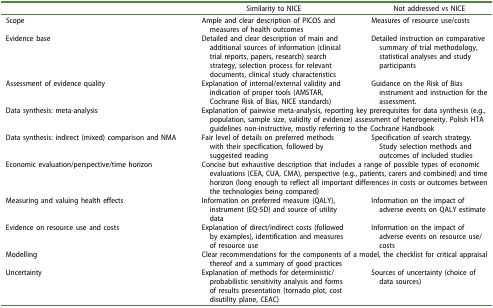
|  | Similarity to NICE | Not addressed vs NICE |
 | --- | --- | --- |
 | Scope | Ample and clear description of PICOS and measures of health outcomes | Measures of resource use/costs |
 | Evidence base | Detailed and clear description of main and additional sources of information (clinical trial reports, papers, research) search strategy, selection process for relevant documents, clinical study characteristics | Detailed instruction on comparative summary of trial methodology, statistical analyses and study participants |
 | Assessment of evidence quality | Explanation of internal/external validity and indication of proper tools (AMSTAR, Cochrane Risk of Bias, NICE standards) | Guidance on the Risk of Bias instrument and instruction for the assessment. |
 | Data synthesis: meta-analysis | <COLSPAN=2> Explanation of pairwise meta-analysis, reporting key prerequisites for data synthesis (e.g., population, sample size, validity of evidence) assessment of heterogeneity. Polish HTA guidelines non-instructive, mostly referring to the Cochrane Handbook |
 | Data synthesis: indirect (mixed) comparison and NMA | Fair level of details on preferred methods with their specification, followed by suggested reading | Specification of search strategy. Study selection methods and outcomes of included studies |
 | Economic evaluation/perspective/time horizon | <COLSPAN=2> Concise but exhaustive description that includes a range of possible types of economic evaluations (CEA, CUA, CMA), perspective (e.g., patients, carers and combined) and time horizon (long enough to reflect all important differences in costs or outcomes between the technologies being compared) |
 | Measuring and valuing health effects | Information on preferred measure (QALY), instrument (EQ-5D) and source of utility data | Information on the impact of adverse events on QALY estimate |
 | Evidence on resource use and costs | Explanation of direct/indirect costs (followed by examples), identification and measures of resource use | Information on the impact of adverse events on resource use/costs |
 | Modelling | <COLSPAN=2> Clear recommendations for the components of a model, the checklist for critical appraisal thereof and a summary of good practices |
 | Uncertainty | Explanation of methods for deterministic/probabilistic sensitivity analysis and forms of results presentation (tornado plot, cost disutility plane, CEAC) | Sources of uncertainty (choice of data sources) |